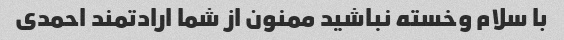
با سلام وخسته نباشید ممنون از شما ارادتمند احمدی